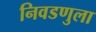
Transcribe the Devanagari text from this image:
निवडणुला